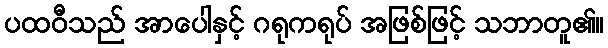
ပထဝီသည် အာပေါနှင့် ဂရုကရုပ် အဖြစ်ဖြင့် သဘာတူ၏။